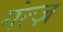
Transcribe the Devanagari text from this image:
गंत्ज़